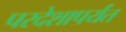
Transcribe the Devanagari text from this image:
परदेशापर्यंत